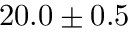
2 0 . 0 \pm 0 . 5